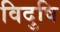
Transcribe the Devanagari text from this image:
विदुषि